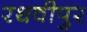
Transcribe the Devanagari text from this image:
रथवीपुर